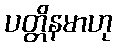
ပတ္တိနမာဟု